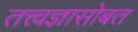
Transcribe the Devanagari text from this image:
तत्त्वज्ञासोबत